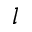
l